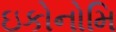
ઇકોનોમિ